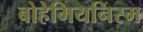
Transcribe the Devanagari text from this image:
बोहेमियनिस्म